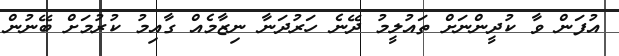
އުފަން ވާ ކުދީންނަށް ތައުލީމު ދޭނެ ހަރުދަނާ ނިޒާމެއް ގާއިމު ކުރުމަށް ބޭނުން